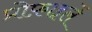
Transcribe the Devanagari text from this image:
प्रोफ़ाइलें